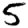
Digit: 5